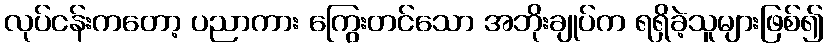
လုပ်ငန်းကတော့ ပညာကား ကြွေးတင်သော အဘိုးချုပ်က ရရှိခဲ့သူများဖြစ်၍